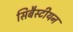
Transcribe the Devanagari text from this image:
सिबैस्टीयन